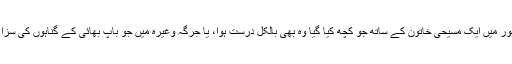
بھیا پھر تو اس حساب سے گزشتہ دنوں لاہور میں ایک مسیحی خاتون کے ساتھ جو کچھ کیا گیا وہ بھی بالکل درست ہوا، یا جرگہ وغیرہ میں جو باپ بھائی کے گناہوں کی سزا بہن بیٹیوں کو ملتی ہے وہ بھی جائز ہوگی۔